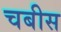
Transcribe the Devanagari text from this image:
चबीस